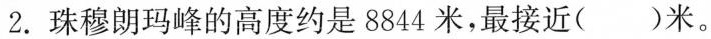
2.珠穆朗玛峰的高度约是8844米，最接近( )米。